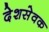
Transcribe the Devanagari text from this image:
देशसेवक